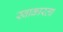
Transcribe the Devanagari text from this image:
स्वाकारला